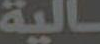
الية